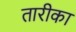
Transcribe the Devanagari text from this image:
तारीका